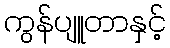
ကွန်ပျူတာနှင့်